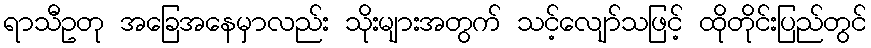
ရာသီဥတု အခြေအနေမှာလည်း သိုးများအတွက် သင့်လျော်သဖြင့် ထိုတိုင်းပြည်တွင်